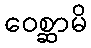
ဝေစ္ဆာမိ